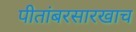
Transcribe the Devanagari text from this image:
पीतांबरसारखाच